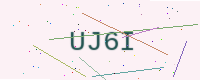
Text: UJ6I